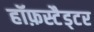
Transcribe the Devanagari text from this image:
हॉफ़स्टैड्टर